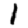
Digit: 1